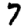
Digit: 7